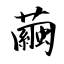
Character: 繭